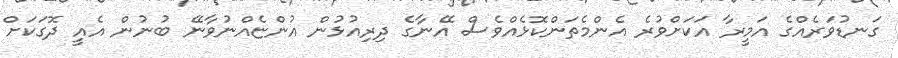
ގަނޑުވަރެއްގެ އަމީރާ އަކަށްވުރެ އެންމެތަންކޮޅެއްވެސް އޭނާގެ ދިރިއުޅުން އުންޏެއްނުވާނޭ ބުނުން އެއީ ދޮގަކަށް